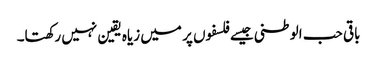
باقی حب الوطنی جیسے فلسفوں پر میں زیاہ یقین نہیں رکھتا۔